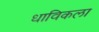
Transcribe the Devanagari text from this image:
धाविकला